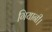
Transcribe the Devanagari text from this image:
गियानी।